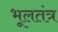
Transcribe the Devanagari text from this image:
भूलतंत्र